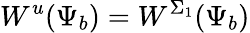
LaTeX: W^{u}(\Psi_{b})=W^{\Sigma_{1}}(\Psi_{b})